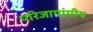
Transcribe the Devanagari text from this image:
परिजायांगीय